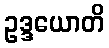
ဥဒ္ဒယောတိ